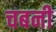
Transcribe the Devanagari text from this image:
चबनी